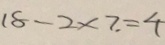
1 8 - 2 \times 7 . = 4